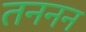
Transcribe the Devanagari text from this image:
तननन